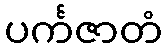
ပင်္ကဇာတံ